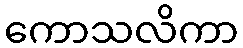
ကောသလိကာ